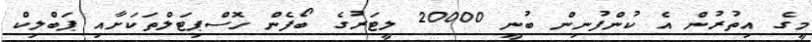
މީގެ އިތުރުން އެ ކުންފުނިން ބުނީ 20000 ލީޓަރުގެ ބޯފެން ހޮސްޕިޓަލްތަކަށާއި ޕަބްލިކް